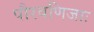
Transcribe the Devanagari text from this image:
पौरवणिजाः